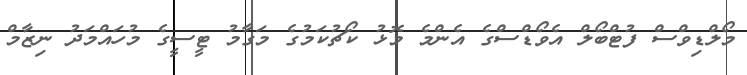
މޯލްޑިވްސް ފުޓްބޯލް އެވޯޑްސްގެ އެންމެ މޮޅު ކޯޗުކަމުގެ މަގާމު ޓީސީގެ މުހައްމަދު ނިޒާމް